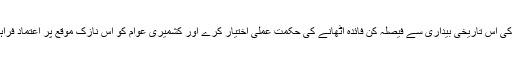
پاکستانی حکومت کشمیری عوام کی اس تاریخی بیداری سے فیصلہ کن فائدہ اٹھانے کی حکمت عملی اختیار کرے اور کشمیری عوام کو اس نازک موقع پر اعتماد فراہم کرے اور امید اور حوصلہ دے۔